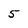
Character: 5